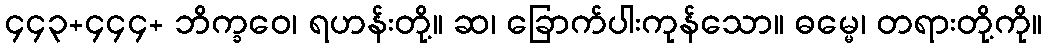
၄၄၃+၄၄၄+ ဘိက္ခဝေ၊ ရဟန်းတို့။ ဆ၊ ခြောက်ပါးကုန်သော။ ဓမ္မေ၊ တရားတို့ကို။